Civil Veterinary Department. Madras. Admin. report 1926-33 - 1926-1933
Year: 1926
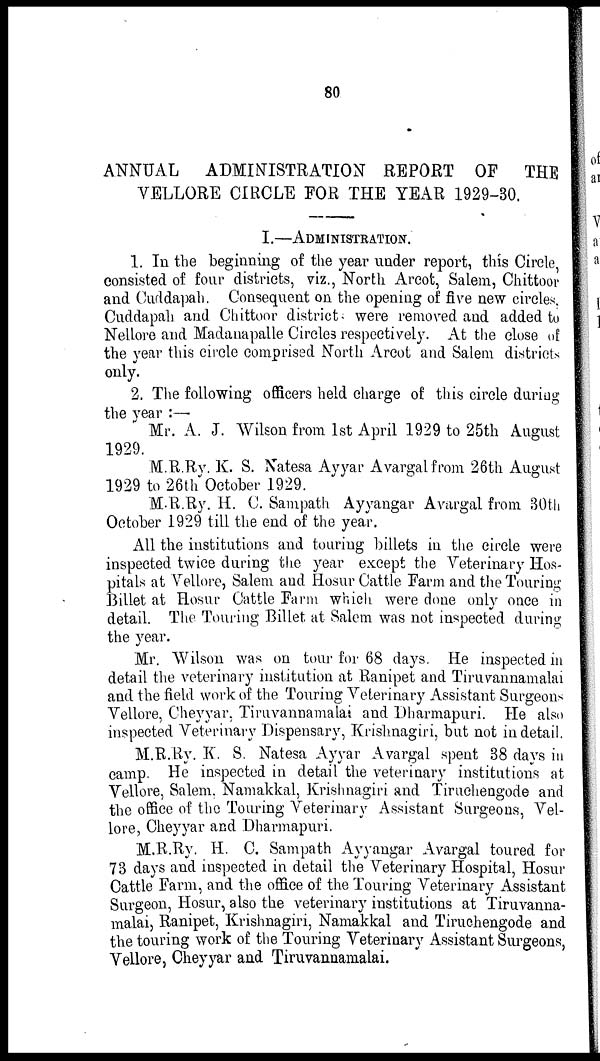
80
ANNUAL
ADMINISTRATION REPORT OF THE
VELLORE CIRCLE FOR THE YEAR 1929-30.
I.—ADMINISTRATION.
1. In the beginning of the year under report, this Circle,
consisted of four districts, viz., North Arcot, Salem, Chittoor
and Cuddapah. Consequent on the opening of five new circles,
Cuddapah and Chittoor district; were removed and added to
Nellore and Madanapalle Circles respectively. At the close of
the year this circle comprised North Arcot and Salem districts
only.
2. The following officers held charge of this circle during
the year :—
Mr. A. J. Wilson from 1st April 1929 to 25th August
1929.
M.R.Ry. K. S. Natesa Ayyar Avargal from 26th August
1929 to 26th October 1929.
M-R.Ry. H. C. Sampath Ayyangar Avargal from 30th
October 1929 till the end of the year.
All the institutions and touring billets in the circle were
inspected twice during the year except the Veterinary Hos-
pitals at Vellore, Salem and Hosur Cattle Farm and the Touring
Billet at Hosur Cattle Farm which were done only once in
detail. The Touring Billet at Salem was not inspected during
the year.
Mr. Wilson was on tour for 68 days. He inspected in
detail the veterinary institution at Ranipet and Tiruvannamalai
and the field work of the Touring Veterinary Assistant Surgeons
Vellore, Cheyyar, Tiruvannamalai and Dharmapuri. He also
inspected Veterinary Dispensary, Krishnagiri, but not in detail.
M.R.Ry. K. S. Natesa Ayyar Avargal spent 38 days in
camp. He inspected in detail the veterinary institutions at
Vellore, Salem, Namakkal, Krishnagiri and Tiruchengode and
the office of the Touring Veterinary Assistant Surgeons, Vel-
lore, Cheyyar and Dharmapuri.
M.R.Ry. H. C. Sampath Ayyangar Avargal toured for
73 days and inspected in detail the Veterinary Hospital, Hosur
Cattle Farm, and the office of the Touring Veterinary Assistant
Surgeon, Hosur, also the veterinary institutions at Tiruvanna-
malai, Ranipet, Krishnagiri, Namakkal and Tiruchengode and
the touring work of the Touring Veterinary Assistant Surgeons,
Vellore, Cheyyar and Tiruvannamalai.